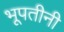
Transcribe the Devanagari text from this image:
भूपतीनी